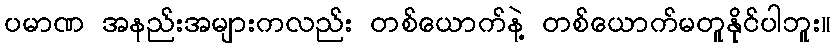
ပမာဏ အနည်းအများကလည်း တစ်ယောက်နဲ့ တစ်ယောက်မတူနိုင်ပါဘူး။